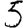
Digit: 5